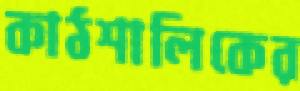
কাঠশালিকের